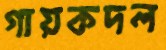
গায়কদল